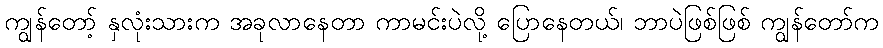
ကျွန်တော့် နှလုံးသားက အခုလာနေတာ ကာမင်းပဲလို့ ပြောနေတယ်၊ ဘာပဲဖြစ်ဖြစ် ကျွန်တော်က